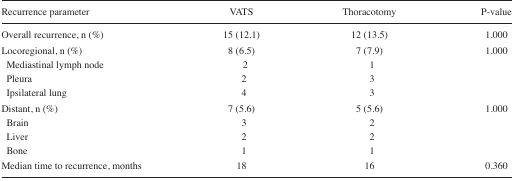
<table><thead><tr><td><b>Recurrence parameter</b></td><td><b>VATS</b></td><td><b>Thoracotomy</b></td><td><b>P-value</b></td></tr></thead><tbody><tr><td>Overall recurrence, n (%)</td><td>15 (12.1)</td><td>12 (13.5)</td><td>1.000</td></tr><tr><td>Locoregional, n (%)</td><td>8 (6.5)</td><td>7 (7.9)</td><td>1.000</td></tr><tr><td> Mediastinal lymph node</td><td>2</td><td>1</td><td></td></tr><tr><td> Pleura</td><td>2</td><td>3</td><td></td></tr><tr><td> Ipsilateral lung</td><td>4</td><td>3</td><td></td></tr><tr><td>Distant, n (%)</td><td>7 (5.6)</td><td>5 (5.6)</td><td>1.000</td></tr><tr><td> Brain</td><td>3</td><td>2</td><td></td></tr><tr><td> Liver</td><td>2</td><td>2</td><td></td></tr><tr><td> Bone</td><td>1</td><td>1</td><td></td></tr><tr><td>Median time to recurrence, months</td><td>18</td><td>16</td><td>0.360</td></tr></tbody></table>